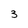
Character: 3